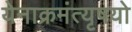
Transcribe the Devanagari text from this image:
येनाक्रमंत्यृषयो